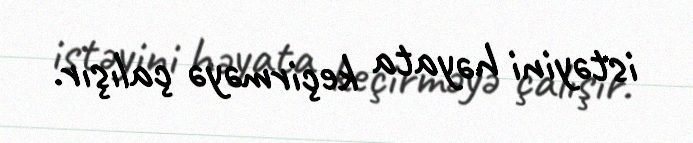
istəyini həyata keçirməyə çalışır.